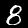
Digit: 8